Document type: Sale
Year: 1435
Scribe: Pere Soler
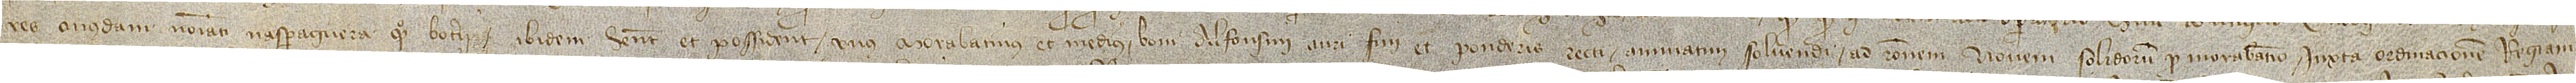
res cuiusdam nominati n’Asparraguera, quondam, boterii, ibidem habent et possident, unus morabatinus et medius boni alfonsini auri fini et ponderis recti annuatim solvendi, ad rationem novem solidorum pro morabatino, iuxta ordinacionem regiam